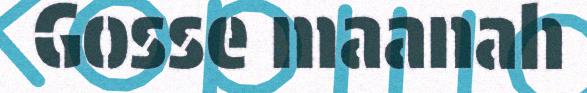
Gosse maanah